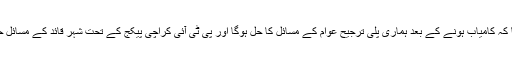
انہوں نے کہا کہ کامیاب ہونے کے بعد ہماری پلی ترجیح عوام کے مسائل کا حل ہوگا اور پی ٹی آئی کراچی پیکج کے تحت شہر قائد کے مسائل حل کرے گی۔